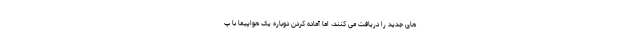
های جدید را دریافت می کنند، اما آماده کردن دوباره یک هواپیما با پ